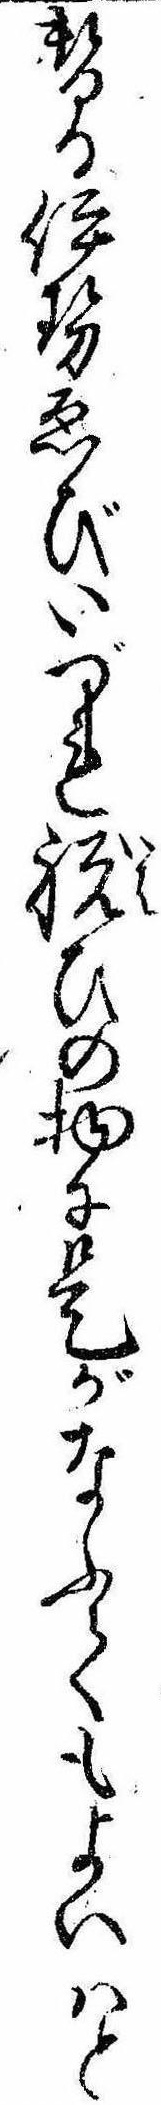
替る伊勢ゑびいづれ祝ひの物に是がなふてもよいはと